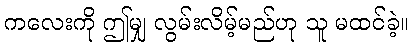
ကလေးကို ဤမျှ လွမ်းလိမ့်မည်ဟု သူ မထင်ခဲ့။